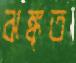
ঝঙ্কৃত